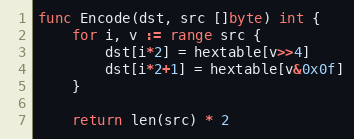
Language: Go
func Encode(dst, src []byte) int {
	for i, v := range src {
		dst[i*2] = hextable[v>>4]
		dst[i*2+1] = hextable[v&0x0f]
	}

	return len(src) * 2